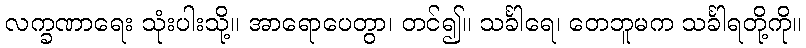
လက္ခဏာရေး သုံးပါးသို့။ အာရောပေတွာ၊ တင်၍။ သင်္ခါရေ၊ တေဘူမက သင်္ခါရတို့ကို။